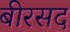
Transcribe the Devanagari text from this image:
बीरसद